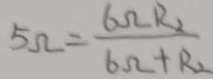
5 \Omega = \frac { 6 \Omega R _ { 2 } } { 6 \Omega + R _ { 2 } }